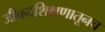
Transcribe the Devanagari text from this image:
जीवनशिक्षणातूनच